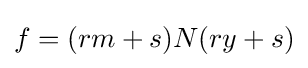
f=(rm+s)N(ry+s)